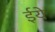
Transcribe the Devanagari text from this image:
ईये